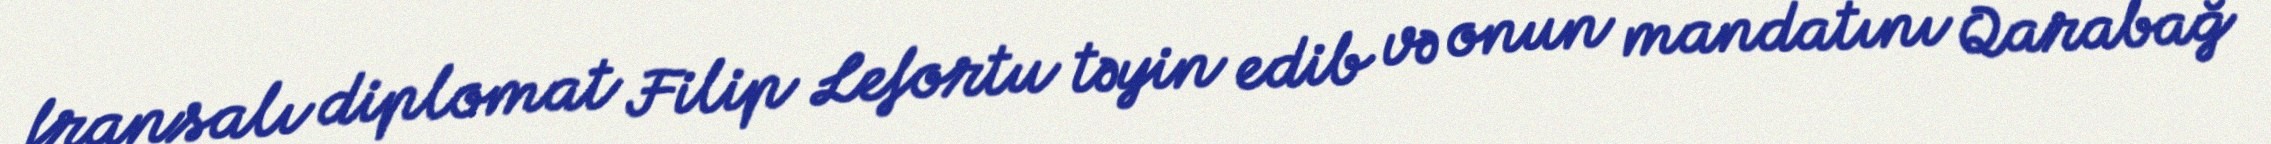
fransalı diplomat Filip Lefortu təyin edib və onun mandatını Qarabağ